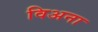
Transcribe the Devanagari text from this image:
विअना